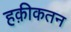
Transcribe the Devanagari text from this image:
हक़ीकतन